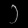
Digit: ၁